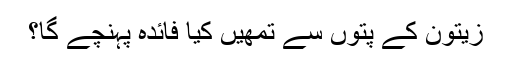
زیتون کے پتوں سے تمھیں کیا فائدہ پہنچے گا؟